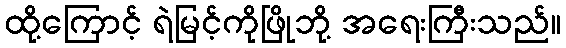
ထို့ကြောင့် ရဲမြင့်ကိုဖြိုဘို့ အရေးကြီးသည်။